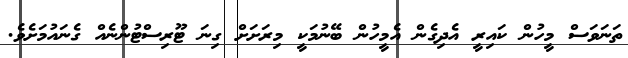
ތަނަވަސް މީހުން ކައިރީ އެދިގެން އެމީހުން ބޭނުމަކީ މިރަށަށް ގިނަ ޓޫރިސްޓުންނެއް ގެނައުމަށެވެ.